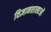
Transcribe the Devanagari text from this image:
विज्ञानशाखाओं